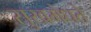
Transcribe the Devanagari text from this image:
सुखमेधते